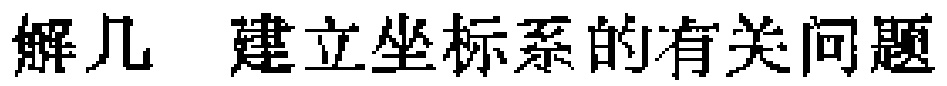
解几 建立坐标系的有关问题